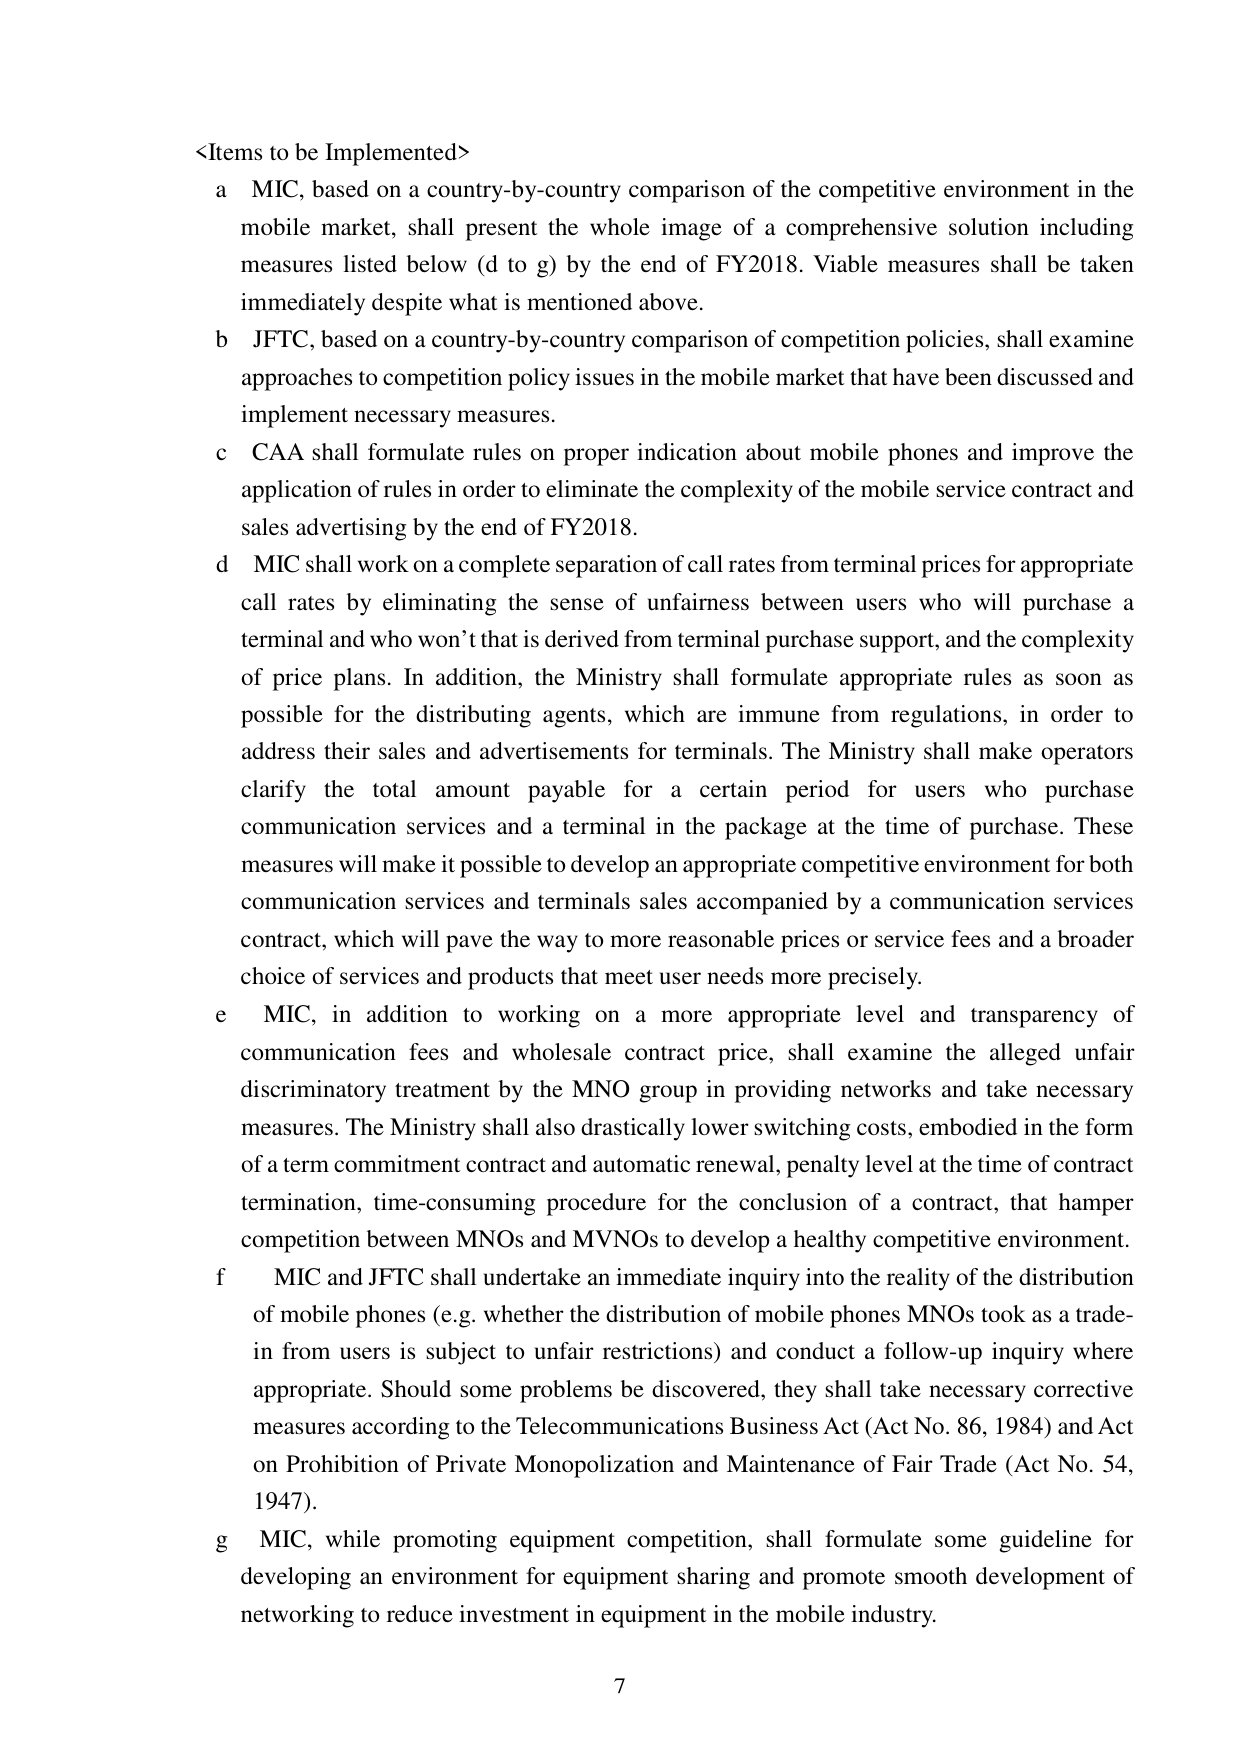
<Items to be Implemented>
a MIC, based on a country-by-country comparison of the competitive environment in the mobile market, shall present the whole image of a comprehensive solution including measures listed below (d to g) by the end of FY2018. Viable measures shall be taken immediately despite what is mentioned above.
b JFTC, based on a country-by-country comparison of competition policies, shall examine approaches to competition policy issues in the mobile market that have been discussed and implement necessary measures.
c CAA shall formulate rules on proper indication about mobile phones and improve the application of rules in order to eliminate the complexity of the mobile service contract and sales advertising by the end of FY2018.
d MIC shall work on a complete separation of call rates from terminal prices for appropriate call rates by eliminating the sense of unfairness between users who will purchase a terminal and who won’t that is derived from terminal purchase support, and the complexity of price plans. In addition, the Ministry shall formulate appropriate rules as soon as possible for the distributing agents, which are immune from regulations, in order to address their sales and advertisements for terminals. The Ministry shall make operators clarify the total amount payable for a certain period for users who purchase communication services and a terminal in the package at the time of purchase. These measures will make it possible to develop an appropriate competitive environment for both communication services and terminals sales accompanied by a communication services contract, which will pave the way to more reasonable prices or service fees and a broader choice of services and products that meet user needs more precisely.
e MIC, in addition to working on a more appropriate level and transparency of communication fees and wholesale contract price, shall examine the alleged unfair discriminatory treatment by the MNO group in providing networks and take necessary measures. The Ministry shall also drastically lower switching costs, embodied in the form of a term commitment contract and automatic renewal, penalty level at the time of contract termination, time-consuming procedure for the conclusion of a contract, that hamper competition between MNOs and MVNOs to develop a healthy competitive environment.
f MIC and JFTC shall undertake an immediate inquiry into the reality of the distribution of mobile phones (e.g. whether the distribution of mobile phones MNOs took as a trade-in from users is subject to unfair restrictions) and conduct a follow-up inquiry where appropriate. Should some problems be discovered, they shall take necessary corrective measures according to the Telecommunications Business Act (Act No. 86, 1984) and Act on Prohibition of Private Monopolization and Maintenance of Fair Trade (Act No. 54, 1947).
g MIC, while promoting equipment competition, shall formulate some guideline for developing an environment for equipment sharing and promote smooth development of networking to reduce investment in equipment in the mobile industry.
7